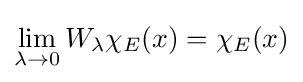
\lim _{\lambda \to 0}W_{\lambda }\chi _{E}(x)=\chi _{E}(x)